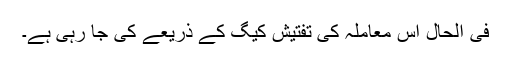
فی الحال اس معاملہ کی تفتیش کیگ کے ذریعے کی جا رہی ہے۔